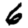
Digit: 6